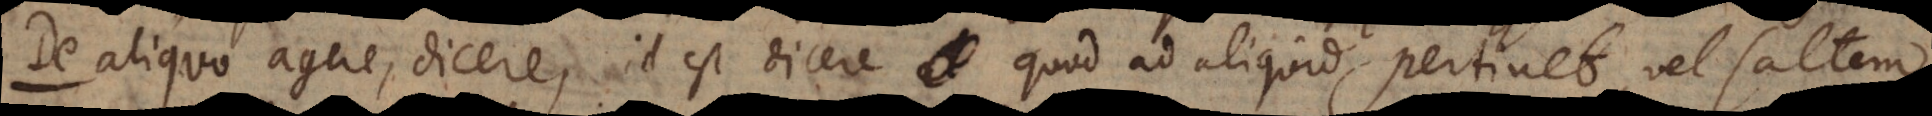
De aliquo agere, dicere, id est dicere quod ad aliquid pertinet, vel saltem